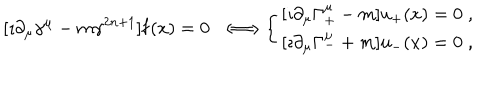
LaTeX: \displaystyle [ \imath \partial _ { \mu } \gamma ^ { \mu } - m \gamma ^ { 2 n + 1 } ] { \bf f } ( x ) = 0 \; \; \Longleftrightarrow \left\{ \begin{array} { c } { { [ \imath \partial _ { \mu } \Gamma _ { + } ^ { \mu } - m ] u _ { + } ( x ) = 0 \; , \nonumber } } \\ { { \displaystyle [ \imath \partial _ { \mu } \Gamma _ { - } ^ { \mu } + m ] u _ { - } ( x ) = 0 \; , } } \\ \end{array} \right.